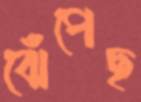
ঝেঁপেছ